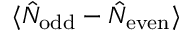
\langle \hat { N } _ { \mathrm { o d d } } - \hat { N } _ { \mathrm { e v e n } } \rangle